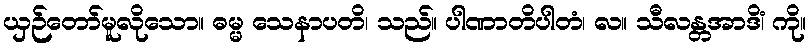
ယှဉ်တော်မူလိုသော။ ဓမ္မ သေနာပတိ၊ သည်။ ပါဏာတိပါတံ၊ လ။ သီလန္တအာဒိံ၊ ကို။